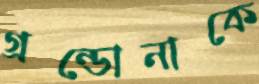
গ্রন্ডোনাকে